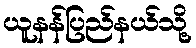
ယူနန်ပြည်နယ်သို့